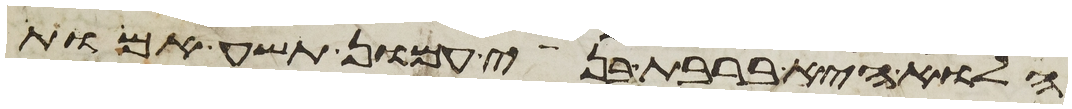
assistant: הלוא היא ברבת בני עמון תשע אמות